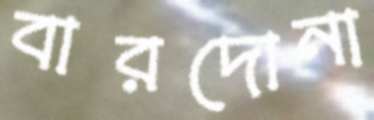
বারদোনা